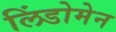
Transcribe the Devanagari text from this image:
लिंडोमेन